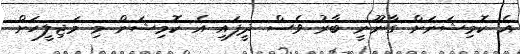
އެ ކޮމިޝަނަށް ގާނޫނީ ބާރު ވެސް ދީފައި އެ ކޮމިޝަން މި މަޖިލީހަށް